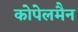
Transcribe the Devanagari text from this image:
कोपेलमैन